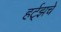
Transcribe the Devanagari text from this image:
हर्ट्‌झचे